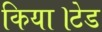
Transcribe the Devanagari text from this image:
किया।टेड